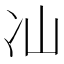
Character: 𭂈